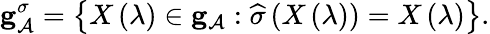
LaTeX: {\mathbf g}_{{\cal A}}^{\sigma}=\left\{ X\left(\lambda\right)\in{\mathbf g}_{{\cal A}}:\widehat{\sigma}\left(X\left(\lambda\right)\right)=X\left(\lambda\right)\right\} .